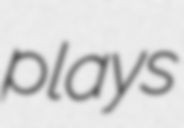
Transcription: plays